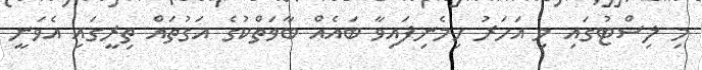
މި ލިސްޓުގައި މި އަހަރު ހިމެނިފައިވާ ބައެއް ބާވަތްކުގެ އަގުތައް ތިރީގައި އެވަނީ